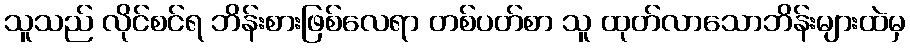
သူသည် လိုင်စင်ရ ဘိန်းစားဖြစ်လေရာ တစ်ပတ်စာ သူ ထုတ်လာသောဘိန်းများထဲမှ